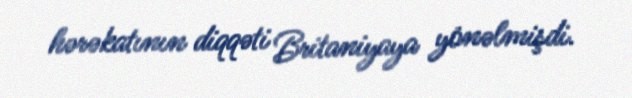
hərəkatının diqqəti Britaniyaya yönəlmişdi.